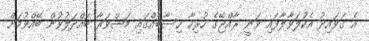
އެ ގަވައިދު އެކުލަވާލާފައި ވަނީ ރާއްޖޭގެ ހުރިހާ ހިސާބެއްގައި މަޝްވަރާ ބައްދަލުވުން ބޭއްވުމަށް